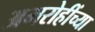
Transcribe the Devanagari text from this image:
अमरोहींच्या